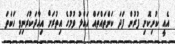
އެއީ ކުނިކޮށި ފުރުން ފަދަ ކަންތައްތައް ހައްލު ވުމުގެ އިތުރަށް އިއާދަކުރަނިވި ހަކަތަ